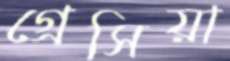
গ্রেসিয়া